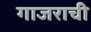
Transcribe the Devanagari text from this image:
गाजराची